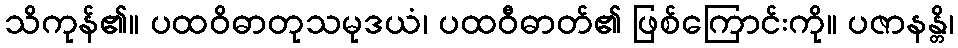
သိကုန်၏။ ပထဝိဓာတုသမုဒယံ၊ ပထဝီဓာတ်၏ ဖြစ်ကြောင်းကို။ ပဇာနန္တိ၊